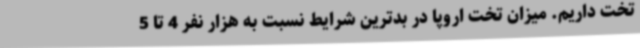
تخت داریم. میزان تخت اروپا در بدترین شرایط نسبت به هزار نفر 4 تا 5